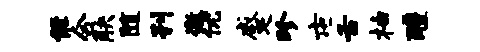
能合觖随刊徼优蹙珍屯舌柚醴